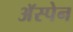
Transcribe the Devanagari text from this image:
अॅस्पेन